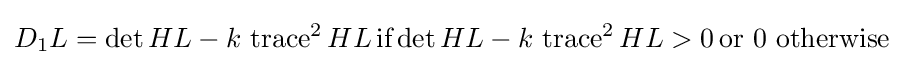
D_{1}L=\operatorname {det} HL-k\,\operatorname {trace} ^{2}HL\,{\mbox{if}}\operatorname {det} HL-k\,\operatorname {trace} ^{2}HL>0\,{\mbox{or 0 otherwise}}